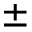
\pm